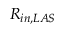
R _ { i n , L A S }